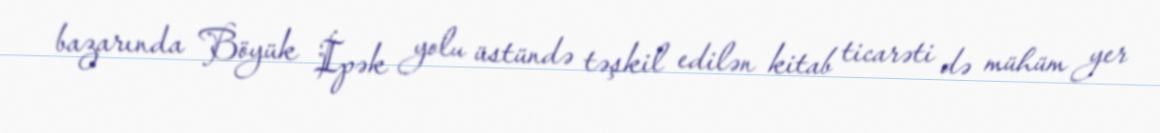
bazarında Böyük İpək yolu üstündə təşkil edilən kitab ticarəti də mühüm yer